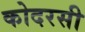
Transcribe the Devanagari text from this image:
कोदरसी